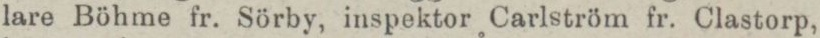
lare Böhme fr. Sörby, inspektor Carlström fr. Clastorp,